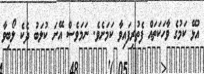
އުޅޭ ކަމުގެ ވާހަކަތައް ފެތުރިފައިވާ ކަމަށެވެ. ނަމަވެސް އޭނަ ކުލަބު ދެކެ ލޯބިވާ